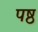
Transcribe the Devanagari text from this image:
पष्ठ